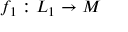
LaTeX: f _ { 1 } : L _ { 1 } \to M